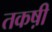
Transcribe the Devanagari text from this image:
तकष़ी